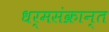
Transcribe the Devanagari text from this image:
धर्मसंक्रान्त